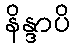
နိန္ဒာပိ